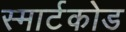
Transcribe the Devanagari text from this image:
स्मार्टकोड